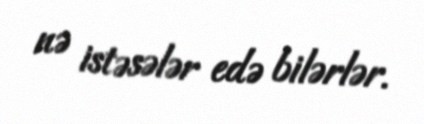
nə istəsələr edə bilərlər.